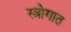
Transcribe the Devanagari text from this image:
स्त्रोगात